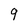
Character: 9